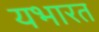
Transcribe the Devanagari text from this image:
यभारत